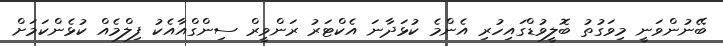
ބޭނުންވަނީ މިވަގުތު ބޮލީވުޑްގައިހުރި އެންމެ ކުޅަދާނަ އެކްޓަރު ރަންވީރް ސިންގްއާއެކު ފިލްމެއް ކުޅެންކަމަށް